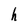
Character: h